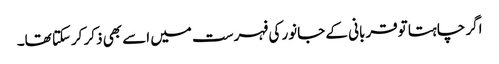
اگر چاہتا توقربانی کے جانور کی فہرست میں اسے بھی ذکر کرسکتا تھا۔